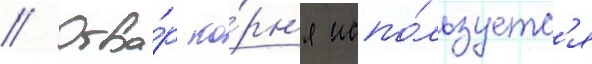
// Отва́р ко́рн'я испо́льзуетс'я